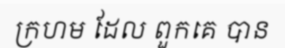
ក្រហម ដែល ពួកគេ បាន